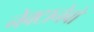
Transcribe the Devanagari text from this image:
नेक्टानेबो